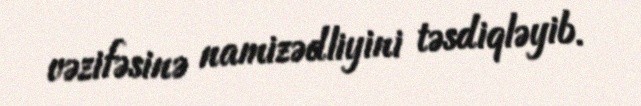
vəzifəsinə namizədliyini təsdiqləyib.